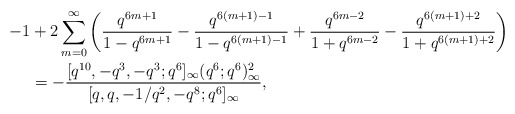
\begin{align*}-1&+2\sum_{m=0}^\infty\left(\frac{ q^{6m+1}}{1-q^{6m+1}}-\frac{ q^{6(m+1)-1}}{1-q^{6(m+1)-1}}+\frac{ q^{6m-2}}{1+q^{6m-2}}-\frac{ q^{6(m+1)+2}}{1+q^{6(m+1)+2}}\right) \\& =-\frac{[q^{10},-q^3,-q^3;q^6]_\infty(q^6;q^6)^2_\infty}{[q,q,-1/q^2,-q^8;q^6]_\infty},\end{align*}